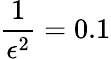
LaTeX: \frac{1}{\epsilon^{2}}=0.1